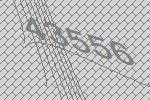
43556